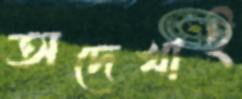
অদেখাই